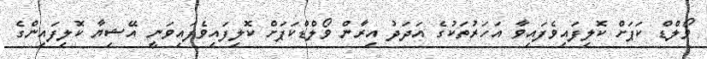
ވޯލްޑް ކަޕަށް ކޮލިފައިވެފައިވާ އަހަރުތަކުގެ އަދަދު އިރާން ވޯލްޑްކަޕަށް ކޮލިފައިވެފައިވަނީ އޭޝިޔާ ކޮލިފައިންގެ